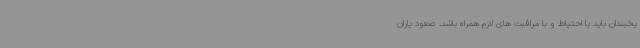
یخبندان باید با احتیاط و با مراقبت های لازم همراه باشد. صعود یاران